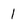
Character: 1